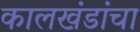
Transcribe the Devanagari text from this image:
कालखंडांचा